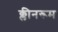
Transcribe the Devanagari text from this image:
क्लीनरूम